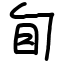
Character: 䀏